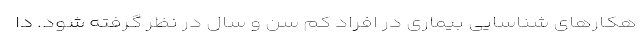
هکار‌های شناسایی بیماری در افراد کم سن و سال در نظر گرفته شود. دا